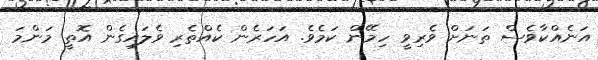
އަނެއްކާވެސް ތަނަށް ވެރިވީ ހިމޭން ކަމެވެ. އަހަރެން ކެއްތެރި ވެލައިގެން އޮތީ މަންމަ